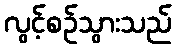
လွင့်စဉ်သွားသည်